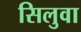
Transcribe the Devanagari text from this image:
सिलुवा